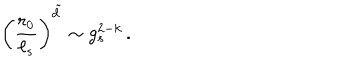
LaTeX: \left( { \frac { r _ { 0 } } { \ell _ { s } } } \right) ^ { \tilde { d } } \sim g _ { s } ^ { 2 - k } \, .